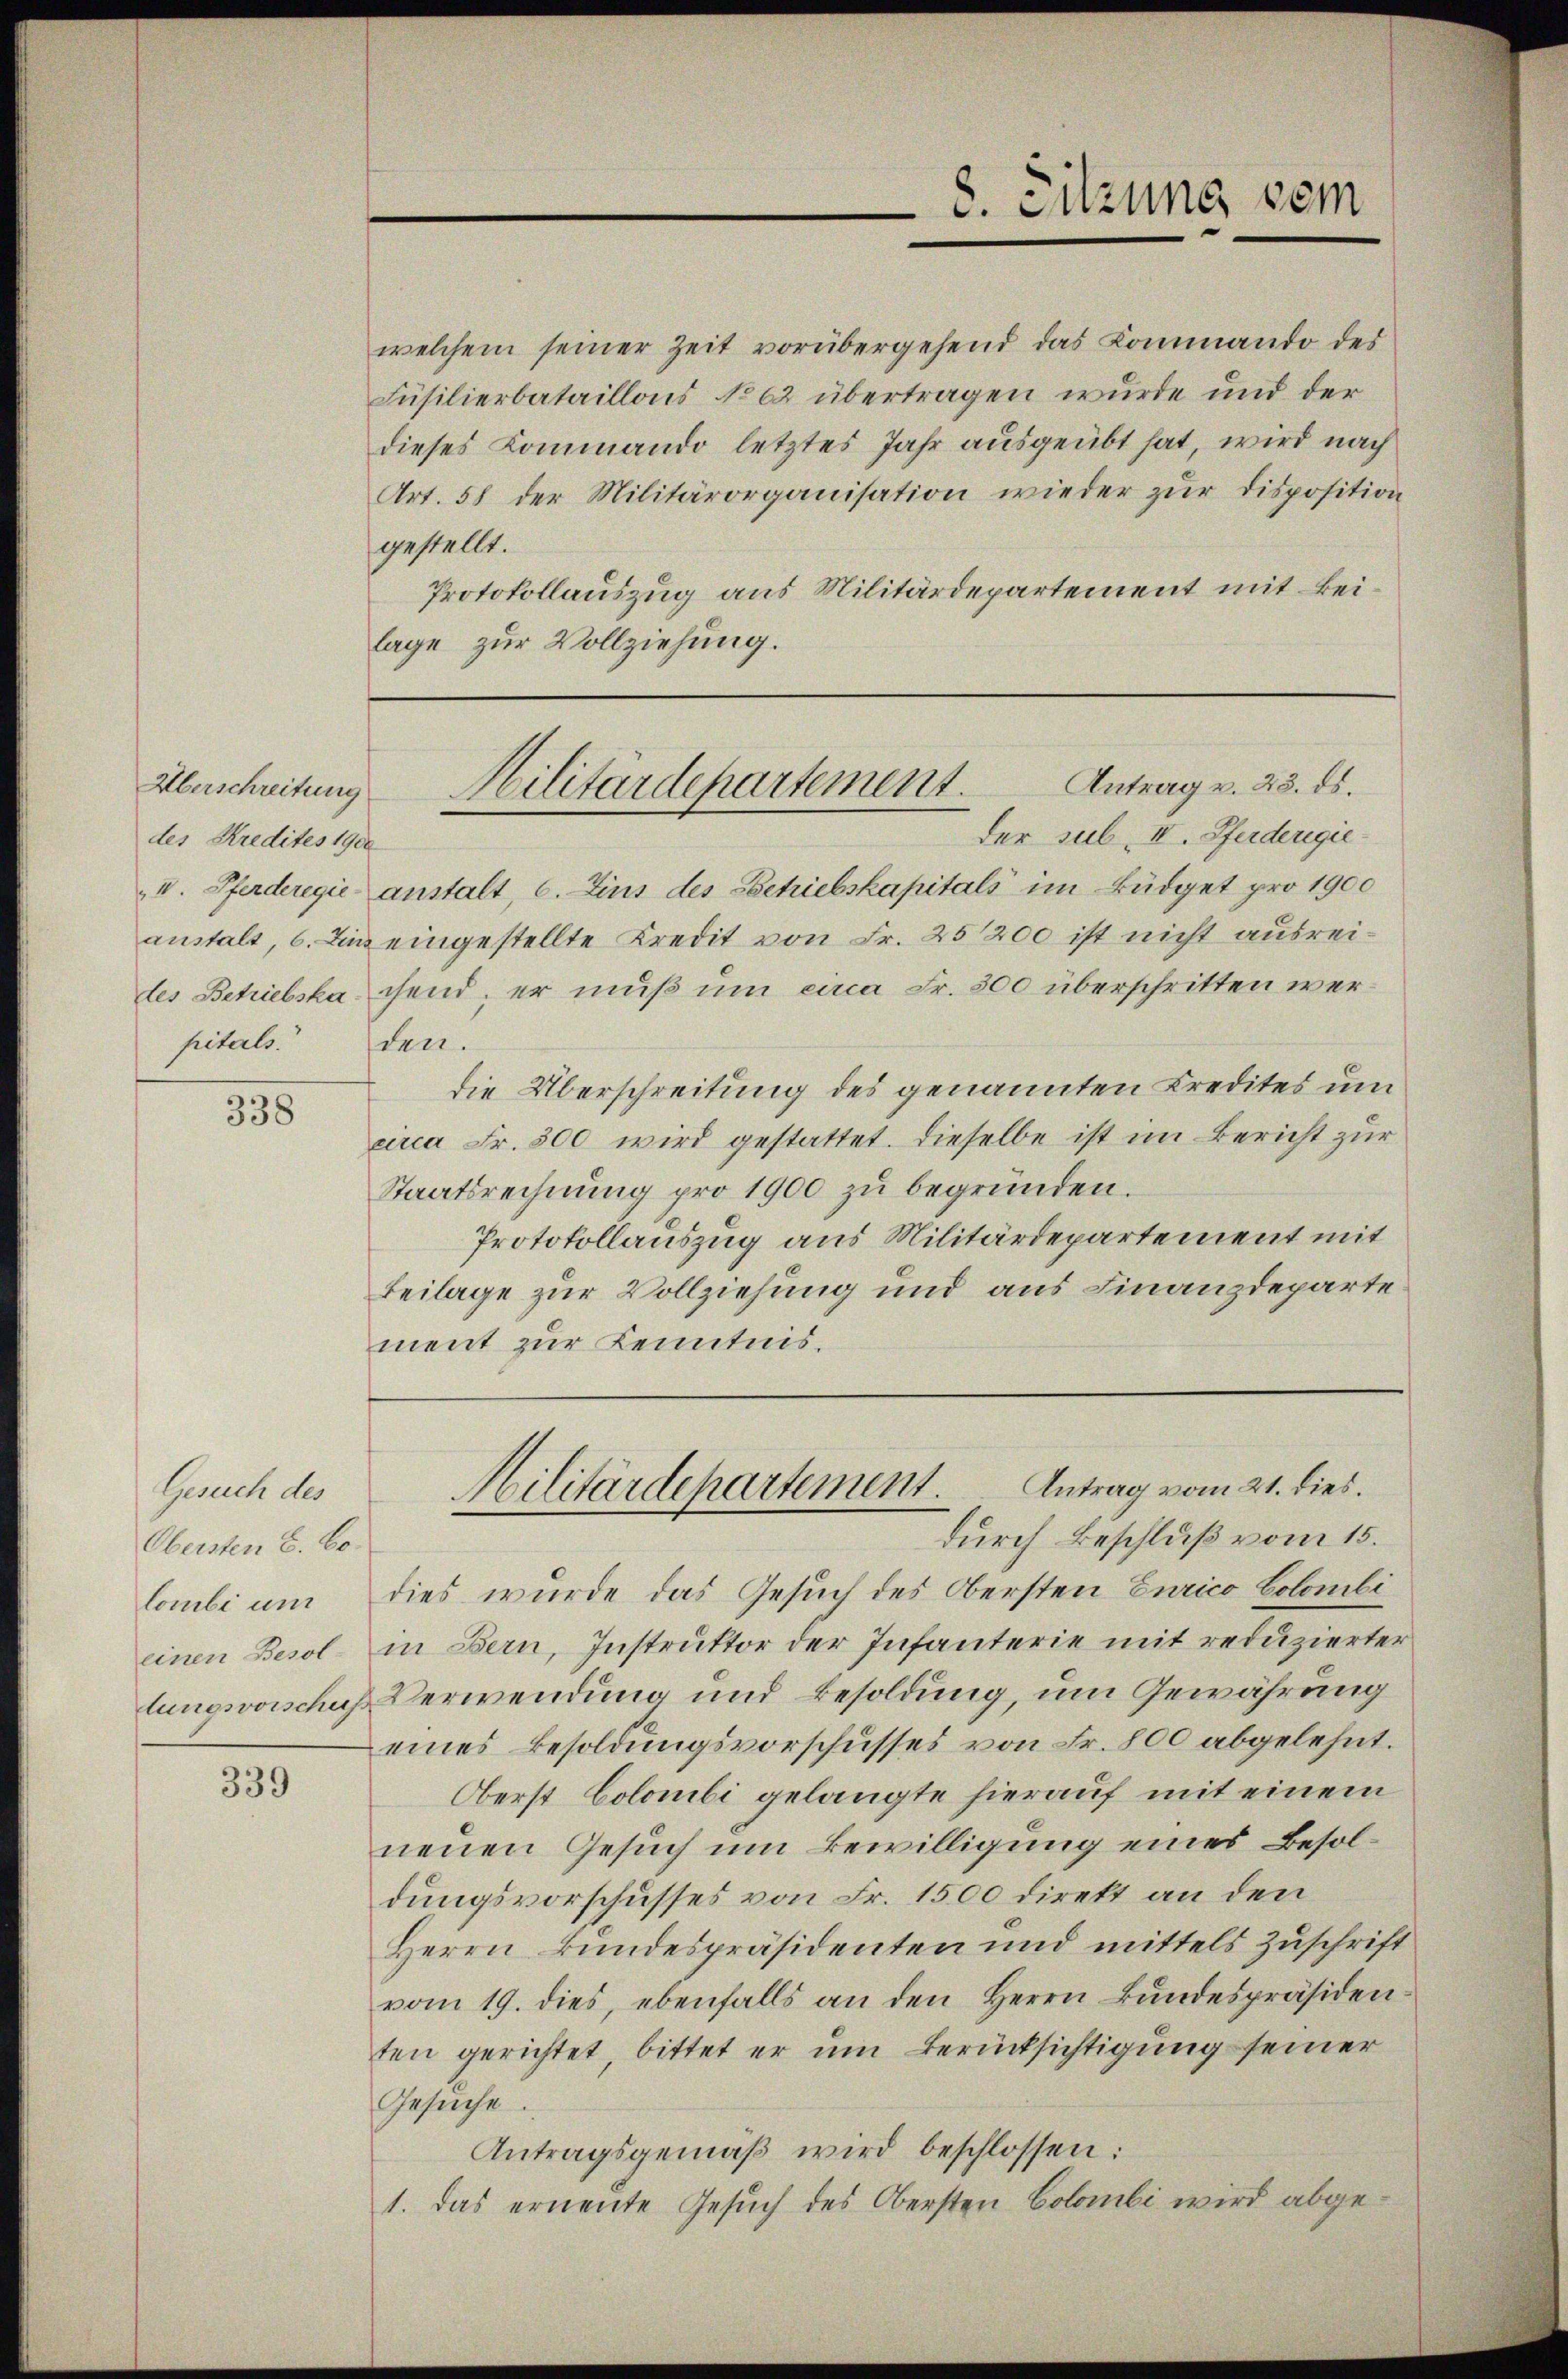
Überschreitung
des Kredites 1900
pitals.

338

Gesuch des
Obersten E. Co.
lombi um
einen Besollungsvorschuss

339

welchem seiner Zeit vorübergehend das Kommando des
Füsilierbataillons No 62 übertragen wurde und der
dieses Kommando letztes Jahr ausgeübt hat, wird nach
Art. 58 der Militärorganisation wieder zur Disposition
gestellt.
Protokollauszug aus Militärdepartement mit keilage zur Vollziehung.

8. Sitzung vom

der sub. II. Pferdergie¬
IV. Pferderegić anstalt, C. Zins des Betriebskapitals im Büdget pro 1900
anstalt, 6. Ein eingestellte Kredit von Fr. 25200 ist nicht ausreides Betriebska chend, er muß um circa Fr. 300 überschritten werden.
die Überschreitung des genannten Kredites um
circa Fr. 500 wird gestattet. Dieselbe ist im Bericht zur
Staatsrechnung pro 1900 zu begründen.
Protokollauszug aus Militärdepartement mit
Beilage zur Vollziehung und aus Finanzdeparte
ment zur Kenntnis.

Antrag v. 23. ds.
Militärdepartement.

dies wurde das Gesuch des Obersten Eurico Colombi
in Bern, Instruktor der Infanterie mit reduzierter
Verwendung und Besoldung, um Gewährung
eines Besoldungsvorschusses von Fr. 800 abgelehnt.
Oberst Colombi gelangte hierauf mit einem
neuen Gesuch um Bewilligung eines Besoldungsvorschusses von Fr. 1500 direkt an den
Herrn Bundespräsidenten und mittels Zuschrift
vom 19. dies, ebenfalls an den Herrn Bundespräsidenten gerichtet, bittet er um Berücksichtigung seiner
Gesuche
Antragsgemäβ wird beschlossen:
1. das ernente Gesuch des Obersten Colombi wird abge¬

Antrag vom 21. dies.
Militärdepartement.
durch Beschluß vom 15.